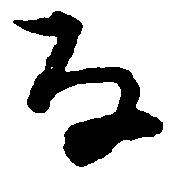
な